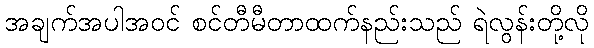
အချက်အပါအဝင် စင်တီမီတာထက်နည်းသည် ရဲလွန်းတို့လို